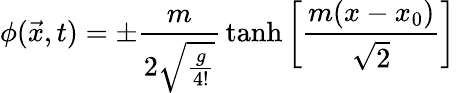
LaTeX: \phi({\vec{x}},t)=\pm{\frac{m}{2{\sqrt{\frac{g}{4!}}}}}\operatorname{tanh}\left[{\frac{m(x-x_{0})}{\sqrt{2}}}\right]